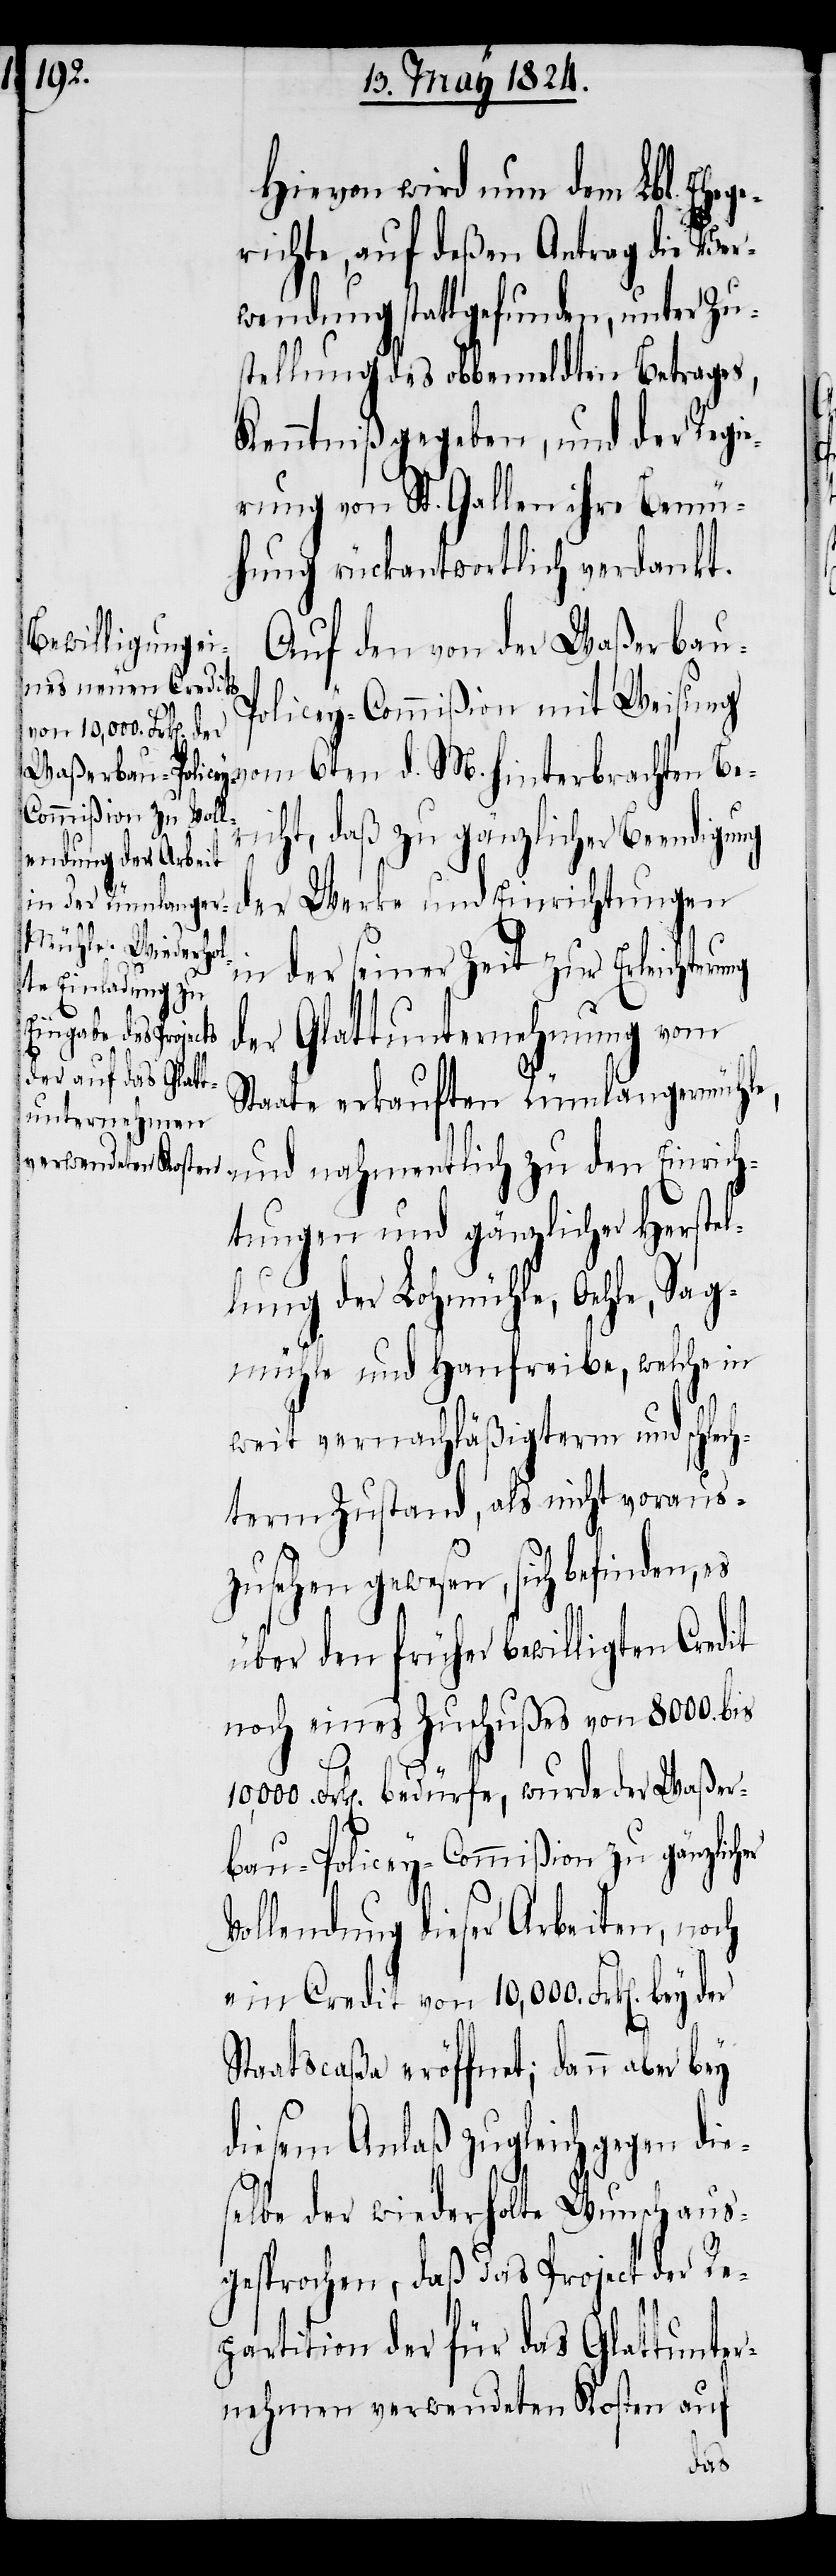
Hievon wird nun dem Lbl. Eheg¬
erichte, auf deßen Antrag die Ver¬
wendung stattgefunden, unter Zus¬
tellung des obbemeldten Betrages,
Kenntniß gegeben, und der Regi¬
erung von St. Gallen ihre Bemü¬
hung rückantwortlich verdankt.
Auf den von der Waßerbau-P¬
olicey-Commißion mit Weisung
vom 6ten d. M. hinterbrachten Ber¬
icht, daß zu gänzlicher Beendigung
der Werke und Einrichtungen
in der seiner Zeit zur Erleichteru¬
der Glattunternehmung vom
Staate erkauften Rümlangermühle,
und nahmentlich zu den Einrich¬
tungen und gänzlicher Herstel¬
lung der Lohmühle, Oehle, Sag¬
mühle und Hanfreibe, welche in
weit vernachläßigterm und schlec¬
hterm Zustand, als nicht voraus¬
zusehen gewesen, sich befinden, es
über den früher bewilligten Credit
noch eines Zuschußes von 8000. bis
bau-Policey-Commißion zu gänzlich¬
Vollendung dieser Arbeiten, noch
ein Credit von 10'000. Frk[en]. bey
Staatscaßa eröffnet; dann aber bey
diesem Anlaß zugleich gegen die¬
selbe der wiederholte Wunsch aus¬
gesprochen, daß das Project der Re¬
partition der für das Glattunter¬
nehmen verwendeten Kosten auf
er